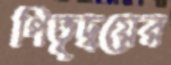
পিতৃদ্বয়ের